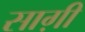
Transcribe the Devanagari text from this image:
साग़ी